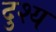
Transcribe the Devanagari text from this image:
दुश्‍य